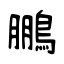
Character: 鵬